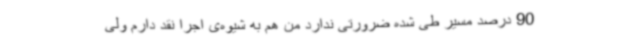
90 درصد مسیر طی شده ضرورتی ندارد من هم به شیوه‌ی اجرا نقد دارم ولی